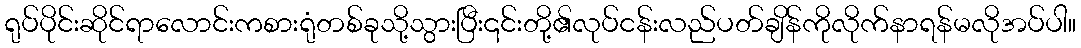
ရုပ်ပိုင်းဆိုင်ရာလောင်းကစားရုံတစ်ခုသို့သွားပြီး၎င်းတို့၏လုပ်ငန်းလည်ပတ်ချိန်ကိုလိုက်နာရန်မလိုအပ်ပါ။